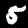
Label: 5